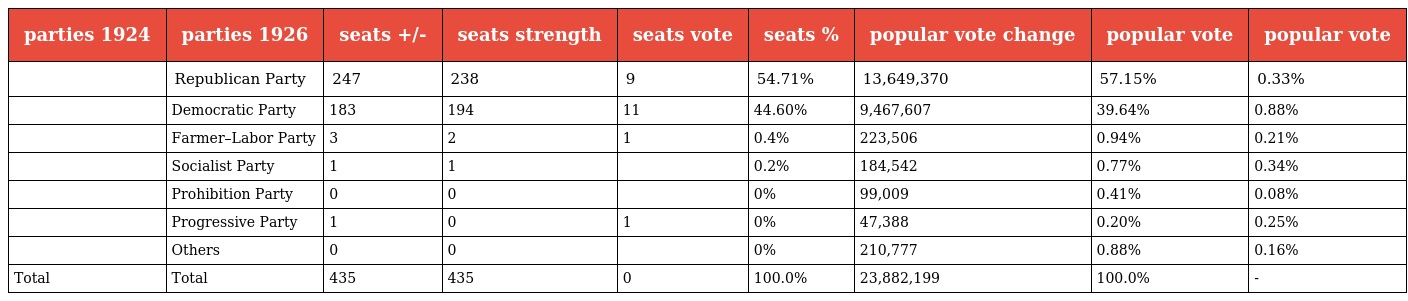
| parties 1924 | parties 1926 | seats +/- | seats strength | seats vote | seats % | popular vote change | popular vote | popular vote |
 | --- | --- | --- | --- | --- | --- | --- | --- | --- |
 |  | Republican Party | 247 | 238 | 9 | 54.71% | 13,649,370 | 57.15% | 0.33% |
 |  | Democratic Party | 183 | 194 | 11 | 44.60% | 9,467,607 | 39.64% | 0.88% |
 |  | Farmer–Labor Party | 3 | 2 | 1 | 0.4% | 223,506 | 0.94% | 0.21% |
 |  | Socialist Party | 1 | 1 |  | 0.2% | 184,542 | 0.77% | 0.34% |
 |  | Prohibition Party | 0 | 0 |  | 0% | 99,009 | 0.41% | 0.08% |
 |  | Progressive Party | 1 | 0 | 1 | 0% | 47,388 | 0.20% | 0.25% |
 |  | Others | 0 | 0 |  | 0% | 210,777 | 0.88% | 0.16% |
 | Total | Total | 435 | 435 | 0 | 100.0% | 23,882,199 | 100.0% | - |